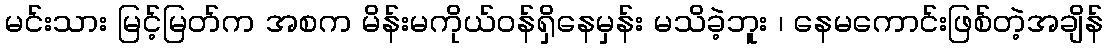
မင်းသား မြင့်မြတ်က အစက မိန်းမကိုယ်ဝန်ရှိနေမှန်း မသိခဲ့ဘူး ၊ နေမကောင်းဖြစ်တဲ့အချိန်